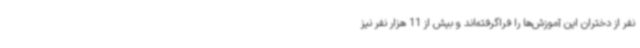
نفر از دختران این آموزش‌ها را فراگرفته‌اند و بیش از 11 هزار نفر نیز